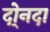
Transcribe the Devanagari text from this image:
दो्नदा